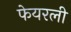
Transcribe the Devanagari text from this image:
फेयरली